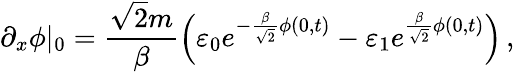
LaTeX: \partial_{x}\phi|_{0}=\frac{\sqrt{2}m}{\beta}\left(\varepsilon_{0}e^{-\frac{\beta}{\sqrt{2}}\phi(0,t)}-\varepsilon_{1}e^{\frac{\beta}{\sqrt{2}}\phi(0,t)}\right)\, ,